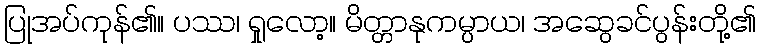
ပြုအပ်ကုန်၏။ ပဿ၊ ရှုလော့။ မိတ္တာနုကမ္ပာယ၊ အဆွေခင်ပွန်းတို့၏